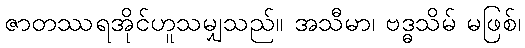
ဇာတဿရအိုင်ဟူသမျှသည်။ အသီမာ၊ ဗဒ္ဓသိမ် မဖြစ်၊